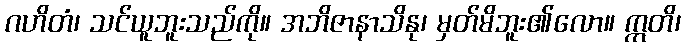
ဂဟိတံ၊ သင်ယူဘူးသည်ကို။ အဘိဇာနာသိနု၊ မှတ်မိဘူး၏လော။ ဣတိ၊